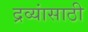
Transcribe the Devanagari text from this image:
द्रव्यांसाठी